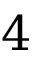
4